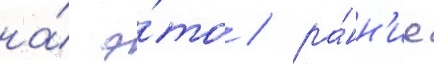
на́ э́то / ра́нн'ие